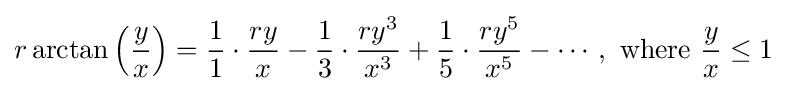
r\arctan \left({\frac {y}{x}}\right)={\frac {1}{1}}\cdot {\frac {ry}{x}}-{\frac {1}{3}}\cdot {\frac {ry^{3}}{x^{3}}}+{\frac {1}{5}}\cdot {\frac {ry^{5}}{x^{5}}}-\cdots ,{\text{ where }}{\frac {y}{x}}\leq 1